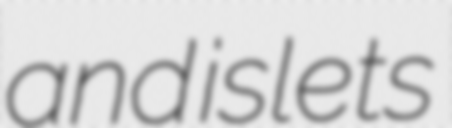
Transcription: and islets